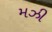
મઝી